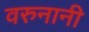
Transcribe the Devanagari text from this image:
वरुनानी